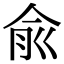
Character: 俞